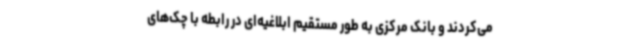
می‌کردند و بانک مرکزی به طور مستقیم ابلاغیه‌ای در رابطه با چک‌های